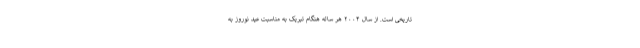
تاریخی است. از سال ۲۰۰۴ هر ساله هنگام تبریک به مناسبت عید نوروز به